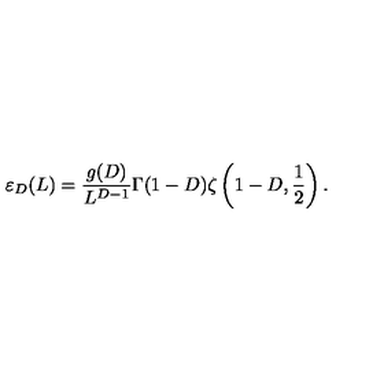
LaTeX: \varepsilon _ { D } ( L ) = \frac { g ( D ) } { L ^ { D - 1 } } \Gamma ( 1 - D ) \zeta \left( 1 - D , \frac 1 { 2 } \right) .